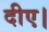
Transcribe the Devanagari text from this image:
दीए।